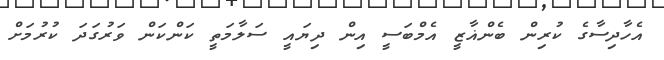
އެހާދިސާގެ ކުރިން ބެންޣާޒީ އެމްބަސީ އިން ދިޔައީ ސަލާމަތީ ކަންކަން ވަރުގަދަ ކުރުމަށް